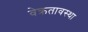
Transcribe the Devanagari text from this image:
वेक्रतावस्था